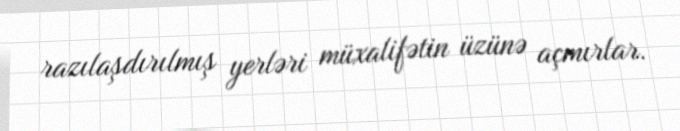
razılaşdırılmış yerləri müxalifətin üzünə açmırlar.